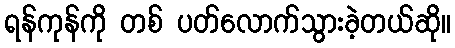
ရန်ကုန်ကို တစ် ပတ်လောက်သွားခဲ့တယ်ဆို။